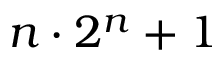
n \cdot 2 ^ { n } + 1